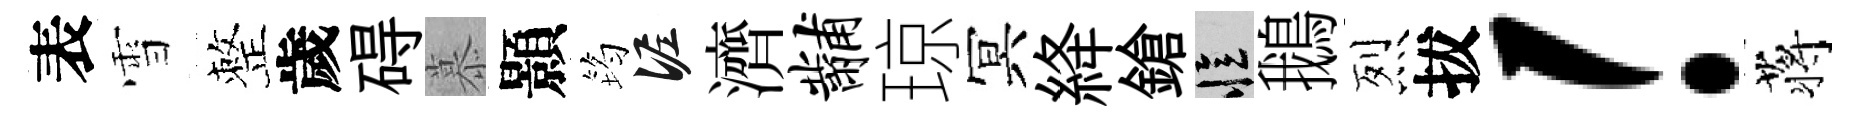
表雪整歲碍慕顥筠泥濟黼琼冥絳鎗忆鵝烈拔！蒋